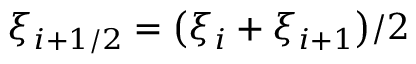
\displaystyle \xi _ { i + 1 / 2 } = \big ( \xi _ { i } + \xi _ { i + 1 } \big ) / 2